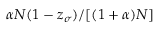
\alpha N ( 1 - z _ { \sigma } ) / [ ( 1 + \alpha ) N ]